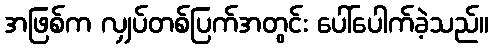
အဖြစ်က လျှပ်တစ်ပြက်အတွင်း ပေါ်ပေါက်ခဲ့သည်။